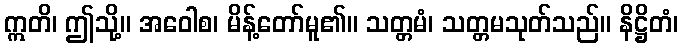
ဣတိ၊ ဤသို့။ အဝေါစ၊ မိန့်တော်မူ၏။ သတ္တမံ၊ သတ္တမသုတ်သည်။ နိဋ္ဌိတံ၊